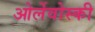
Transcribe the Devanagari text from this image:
ओर्लेवोस्की